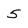
Character: 5